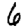
Digit: 6